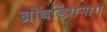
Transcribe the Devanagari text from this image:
ब्रोबडिंगनाग